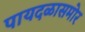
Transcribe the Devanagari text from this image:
पायदळासमोर